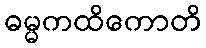
ဓမ္မကထိကောတိ